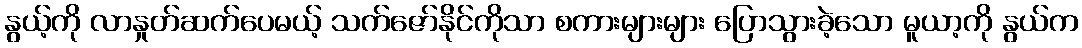
နွယ့်ကို လာနှုတ်ဆက်ပေမယ့် သက်ဇော်နိုင်ကိုသာ စကားများများ ပြောသွားခဲ့သော မူယာ့ကို နွယ်က